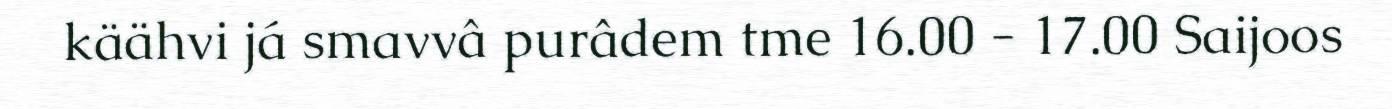
käähvi já smavvâ purâdem tme 16.00 - 17.00 Saijoos